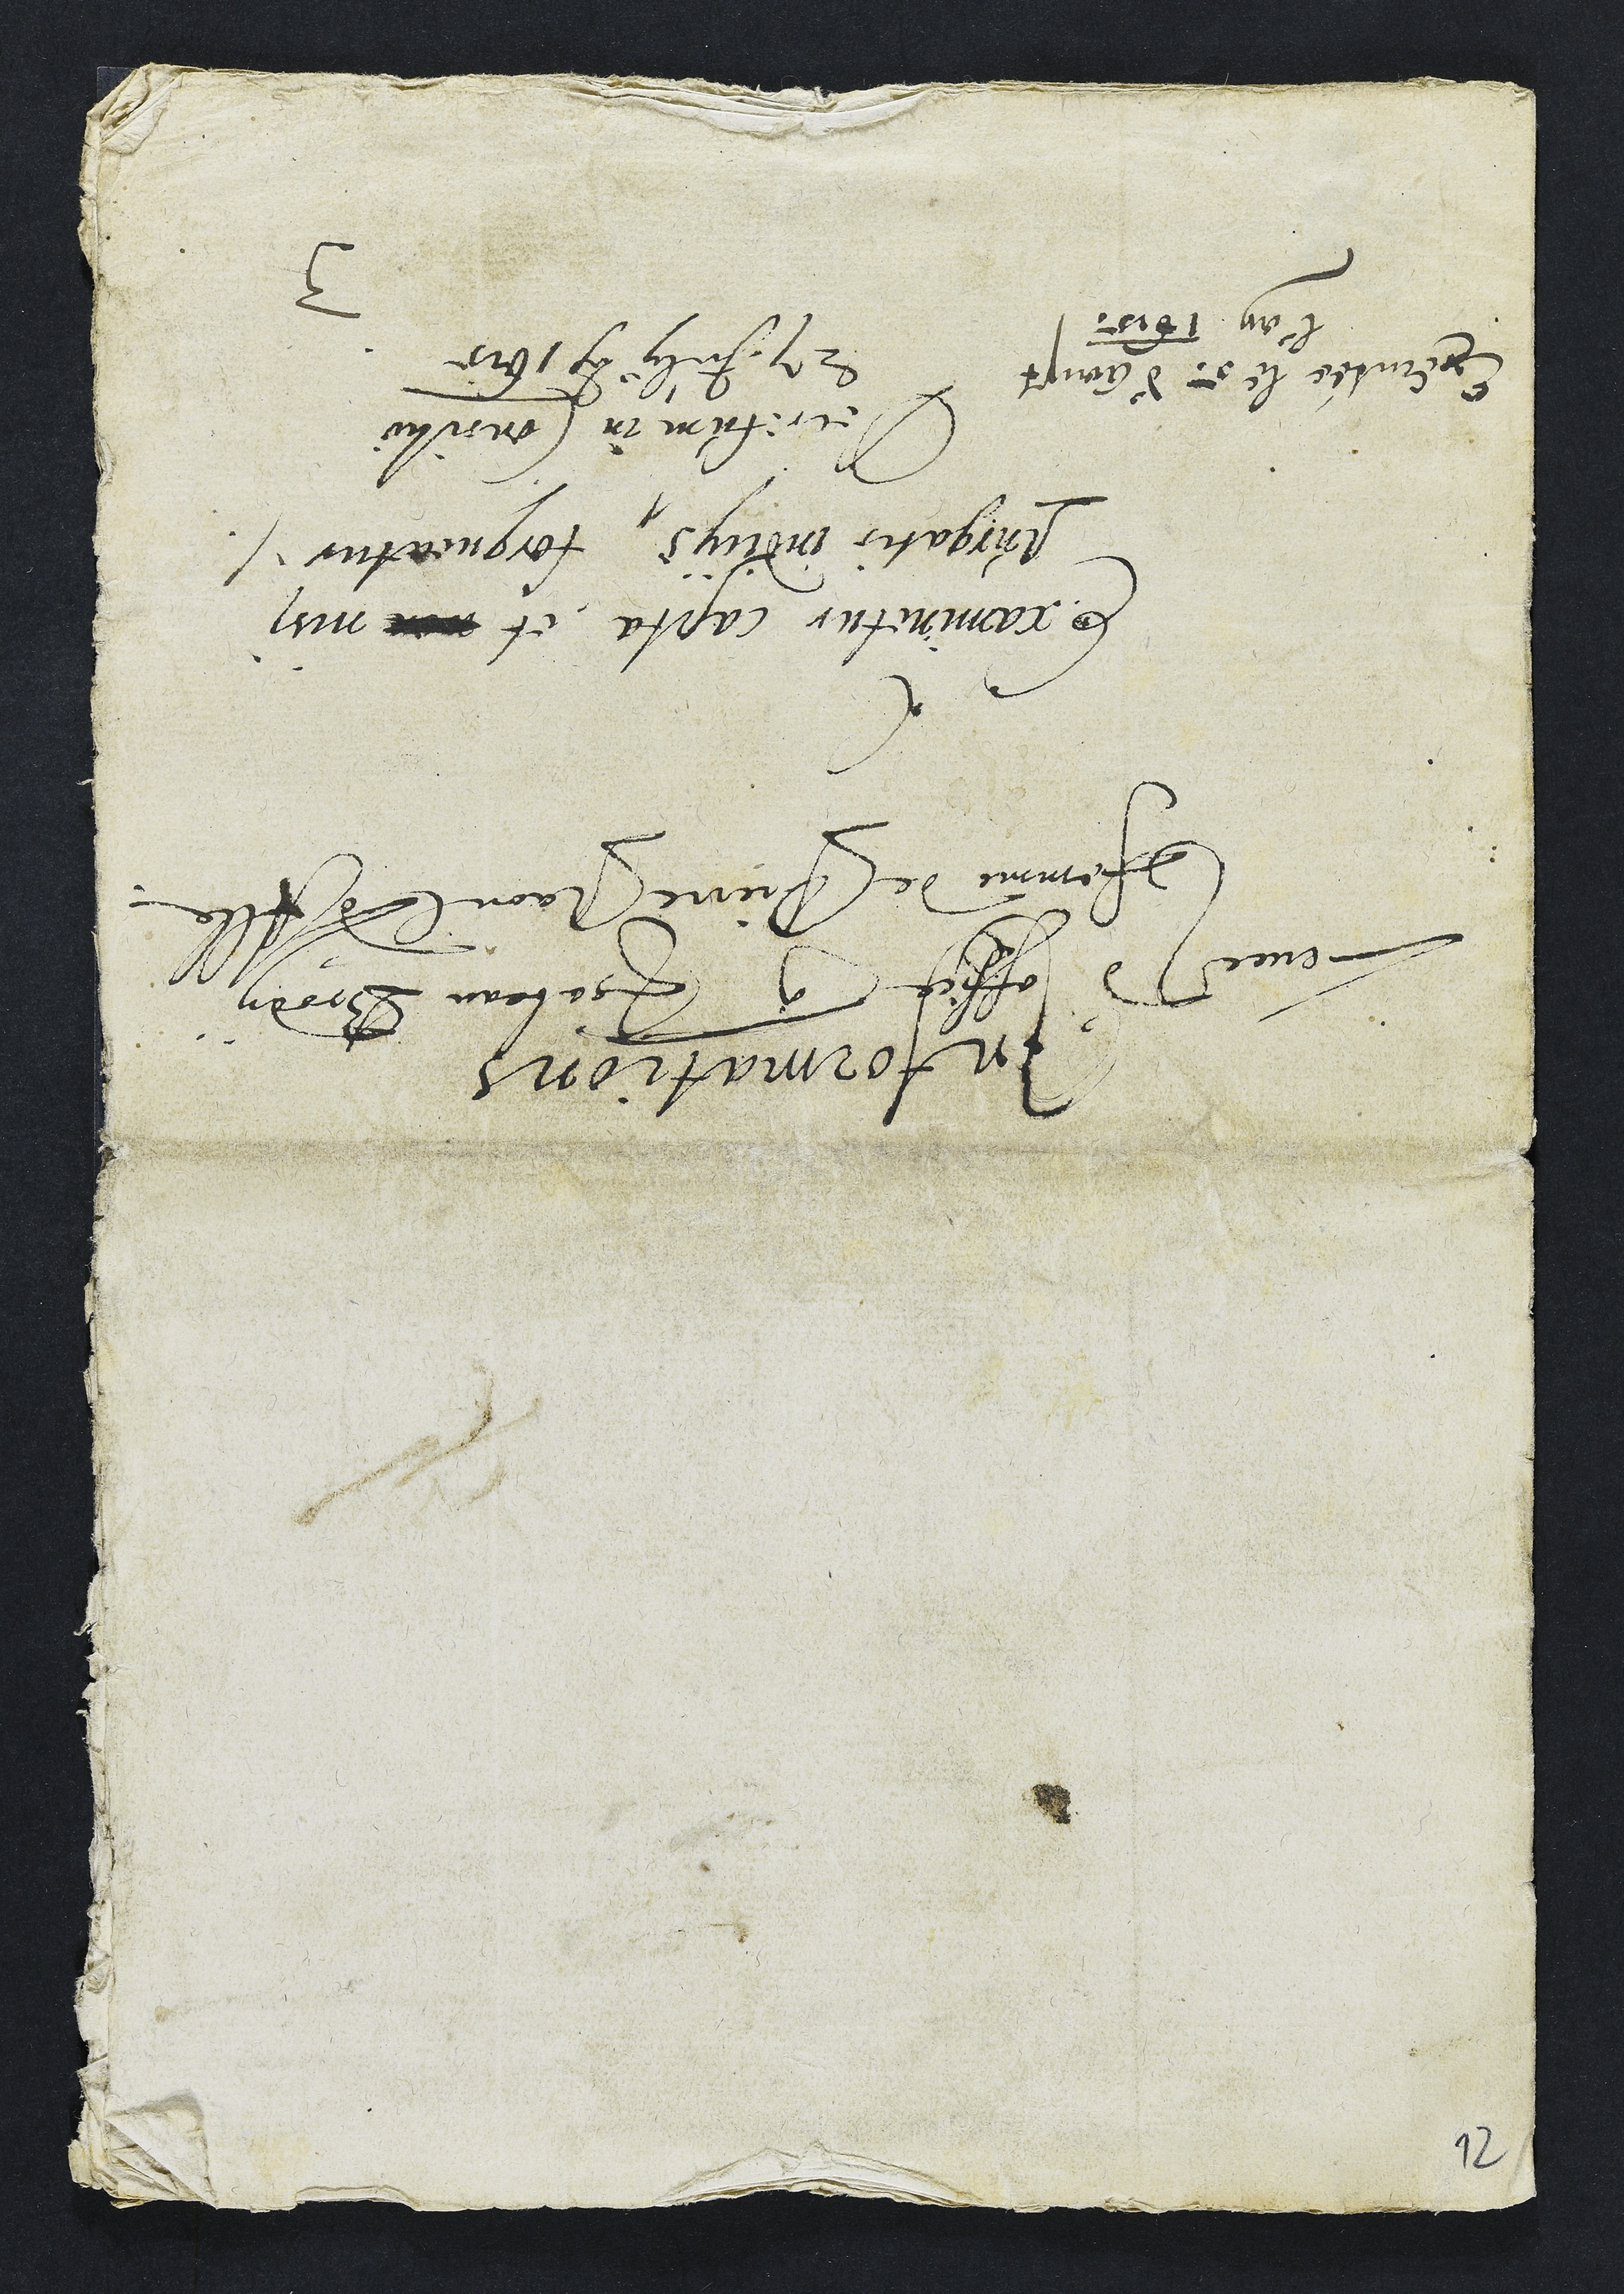
Informations
 Tenues d'office ? Isabeau Brody
femme de Pierre Raoul d'Alle
Examinetur capta et xxx misi